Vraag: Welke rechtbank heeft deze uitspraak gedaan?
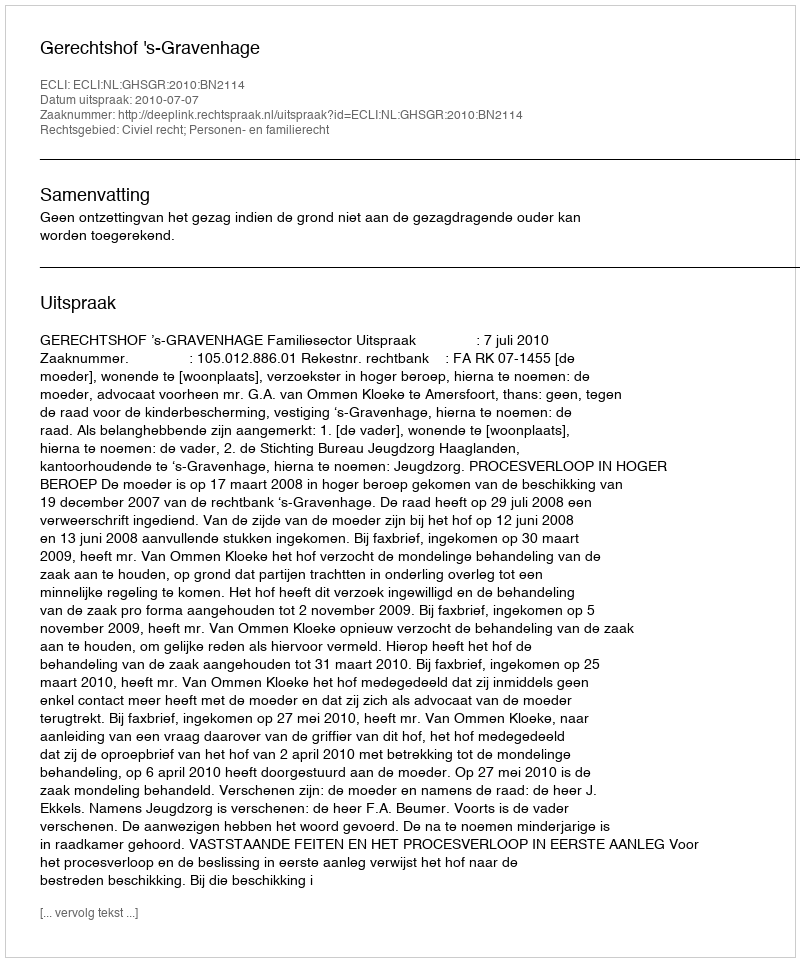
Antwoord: Gerechtshof 's-Gravenhage